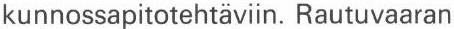
kunnossapitotehtäviin. Rautuvaaran